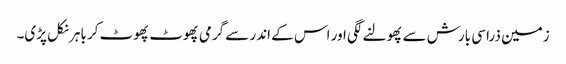
زمین ذرا سی بارش سے پھولنے لگی اور اس کے اندر سے گرمی پھوٹ پھوٹ کر باہر نکل پڑی۔